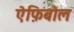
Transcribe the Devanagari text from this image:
ऐफ़िबोल